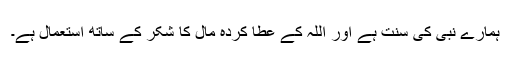
ہمارے نبی کی سنت ہے اور اللہ کے عطا کردہ مال کا شکر کے ساتھ استعمال ہے۔